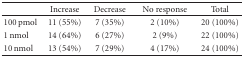
<table><thead><tr><td></td><td><b>Increase</b></td><td><b>Decrease</b></td><td><b>No response</b></td><td><b>Total</b></td></tr></thead><tbody><tr><td>100 pmol</td><td>11 (55%)</td><td>7 (35%)</td><td>2 (10%)</td><td>20 (100%)</td></tr><tr><td>1 nmol</td><td>14 (64%)</td><td>6 (27%)</td><td>2 (9%)</td><td>22 (100%)</td></tr><tr><td>10 nmol</td><td>13 (54%)</td><td>7 (29%)</td><td>4 (17%)</td><td>24 (100%)</td></tr></tbody></table>